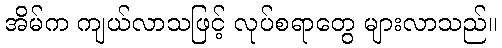
အိမ်က ကျယ်လာသဖြင့် လုပ်စရာတွေ များလာသည်။